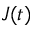
J ( t )